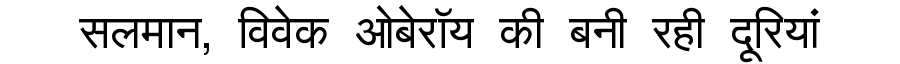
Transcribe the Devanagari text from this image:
सलमान, विवेक ओबेरॉय की बनी रही दूरियां